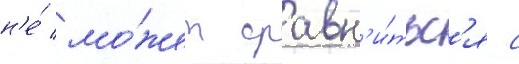
н'е́ мо́жет сравн'и́тьс'я с